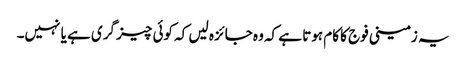
یہ زمینی فوج کا کام ہوتا ہے کہ وہ جائزہ لیں کہ کوئی چیز گری ہے یا نہیں۔